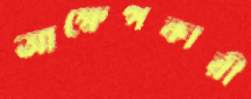
আক্ষেপকারী